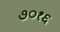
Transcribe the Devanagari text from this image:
७०१६